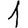
Digit: 1